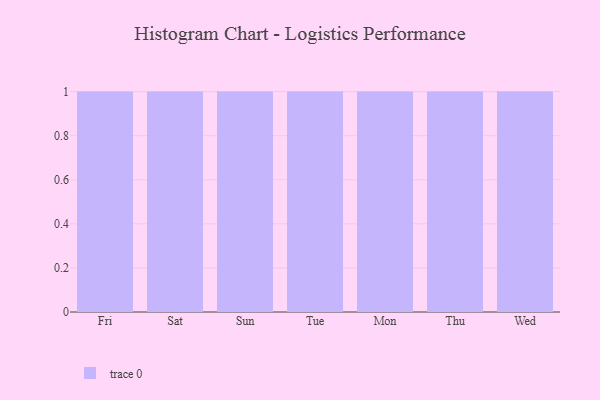
{"axis": {"x": "Day", "y": "LTV (USD)"}, "legend": [""], "data": [{"x": "Fri", "y": 70, "type": ""}, {"x": "Sat", "y": 16, "type": ""}, {"x": "Sun", "y": 31, "type": ""}, {"x": "Tue", "y": 26, "type": ""}, {"x": "Mon", "y": 72, "type": ""}, {"x": "Thu", "y": 25, "type": ""}, {"x": "Wed", "y": 13, "type": ""}]}